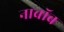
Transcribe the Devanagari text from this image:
नाबॉब